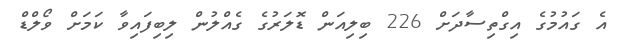
އެ ގައުމުގެ އިގްތިސާދަށް 226 ބިލިއަން ޑޮލަރުގެ ގެއްލުން ލިބިފައިވާ ކަމަށް ވޯލްޑް